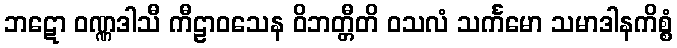
ဘဋော ဝဏ္ဏဒါသီ ကီဠာဝသေန ဝိဘတ္တီတိ ဝသလံ သင်္ကမော သမာဒါနကိစ္စံ